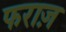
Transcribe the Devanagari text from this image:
फराज़